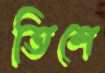
তিশে